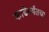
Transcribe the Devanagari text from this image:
काढेपर्यंतचा